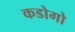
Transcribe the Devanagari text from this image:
कडोगो